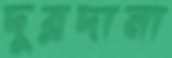
দুরদানা